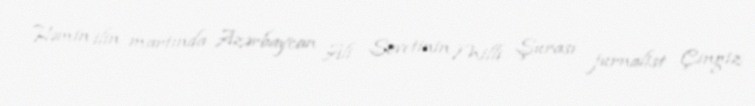
Həmin ilin martında Azərbaycan Ali Sovetinin Milli Şurası jurnalist Çingiz